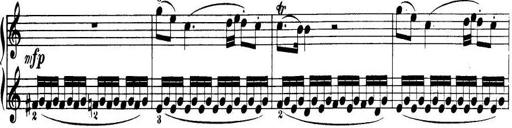
Title: 32 Sonatinas and Rondos for the Piano
Composer: Richard Kleinmichel